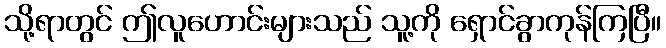
သို့ရာတွင် ဤလူဟောင်းများသည် သူ့ကို ရှောင်ခွာကုန်ကြပြီ။